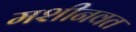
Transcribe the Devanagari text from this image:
मशीनवत